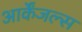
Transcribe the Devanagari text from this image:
आर्केंजल्स